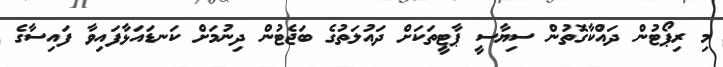
މި ރިޕޯޓުން ދައްކާގޮތުން ސިޔާސީ ޕާޓީތަކަށް ދައުލަތުގެ ބަޖެޓުން ދިނުމަށް ކަނޑައަޅާފައިވާ ފައިސާގެ